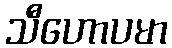
သီဟောပမာ